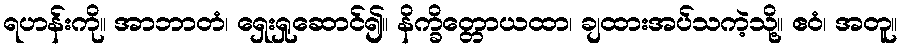
ရဟန်းကို။ အာဘာတံ၊ ရှေးရှုဆောင်၍။ နိက္ခိတ္တောယထာ၊ ချထားအပ်သကဲ့သို့။ ဧဝံ၊ အတူ။